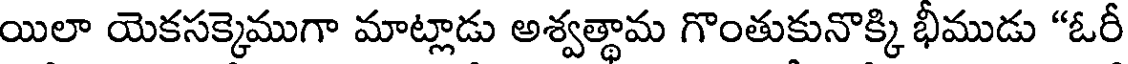
యిలా యెకసక్కెముగా మాట్లాడు అశ్వత్థామ గొంతుకునొక్కి భీముడు "ఓరీ